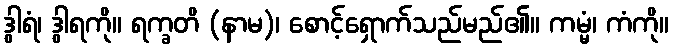
ဒွါရံ၊ ဒွါရကို။ ရက္ခတိ (နာမ)၊ စောင့်ရှောက်သည်မည်၏။ ကမ္မံ၊ ကံကို။